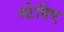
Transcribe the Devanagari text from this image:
स्टेविए